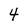
Character: 4